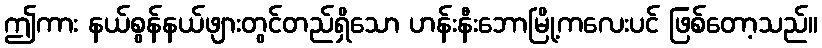
ဤကား နယ်စွန်နယ်ဖျားတွင်တည်ရှိသော ဟန်းနီးဘောမြို့ကလေးပင် ဖြစ်တော့သည်။